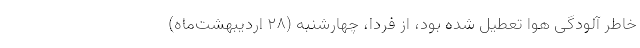
خاطر آلودگی هوا تعطیل شده بود، از فردا، چهارشنبه (۲۸ اردیبهشت‌ماه)